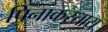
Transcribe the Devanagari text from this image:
पिनाकस्ताय